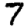
Digit: 7